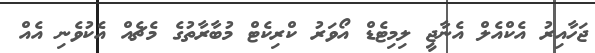
ޖަހާއިރު އެކްއެލް އެނާޖީ ލިމިޓެޑް އޯވަރު ކްރިކެޓް މުބާރާތުގެ މެޗެއް އެކުވެނި އެއް